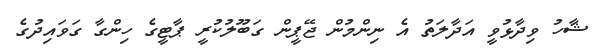
ޝާހު ވިދާޅުވީ އަދާލަތު އެ ނިންމުން ޖޭޕީން ގަބޫލުކުރީ ޕާޓީގެ ހިންގާ ގަވައިދުގެ